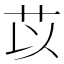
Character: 苡